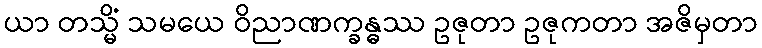
ယာ တသ္မိံ သမယေ ဝိညာဏက္ခန္ဓဿ ဥဇုတာ ဥဇုကတာ အဇိမှတာ